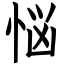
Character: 悩